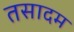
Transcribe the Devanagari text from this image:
तसादम